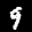
Label: 9